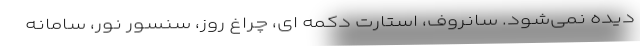
دیده نمی‌شود. سانروف، استارت دکمه ای، چراغ روز، سنسور نور، سامانه